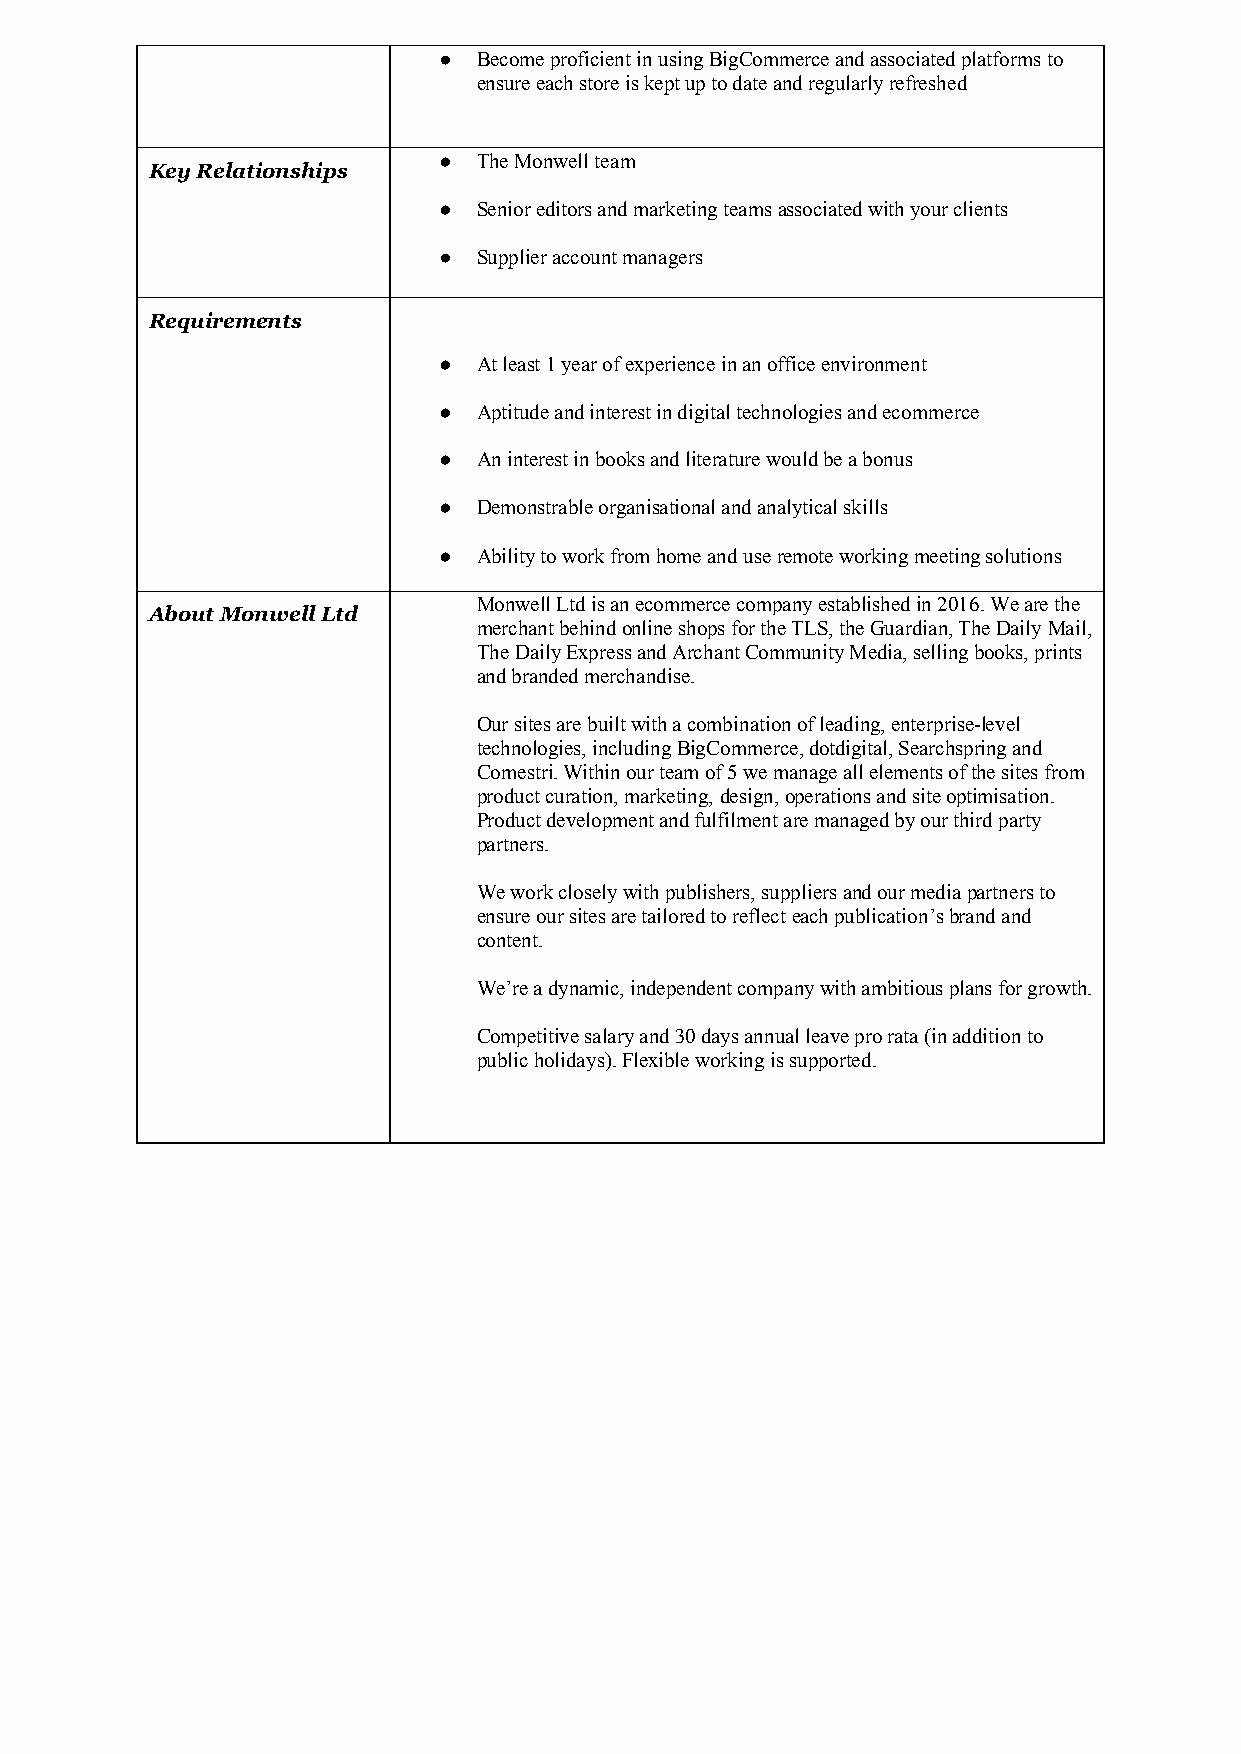
●  Become proficient in using BigCommerce and associated platforms to
 ensure each store is kept up to date and regularly refreshed
 ●  The Monwell team
 Key Relationships
 ●  Senior editors and marketing teams associated with your clients
 ●  Supplier account managers
 Requirements
 ●  At least 1 year of experience in an office environment
 ●  Aptitude and interest in digital technologies and ecommerce
 ●  An interest in books and literature would be a bonus
 ●  Demonstrable organisational and analytical skills
 ●  Ability to work from home and use remote working meeting solutions
 Monwell Ltd is an ecommerce company established in 2016. We are the
 About Monwell Ltd
 merchant behind online shops for the TLS, the Guardian, The Daily Mail,
 The Daily Express and Archant Community Media, selling books, prints
 and branded merchandise.
 Our sites are built with a combination of leading, enterprise-level
 technologies, including BigCommerce, dotdigital, Searchspring and
 Comestri. Within our team of 5 we manage all elements of the sites from
 product curation, marketing, design, operations and site optimisation.
 Product development and fulfilment are managed by our third party
 partners.
 We work closely with publishers, suppliers and our media partners to
 ensure our sites are tailored to reflect each publication’s brand and
 content.
 We’re a dynamic, independent company with ambitious plans for growth.
 Competitive salary and 30 days annual leave pro rata (in addition to
 public holidays). Flexible working is supported.